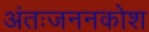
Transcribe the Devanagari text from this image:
अंतःजननकोश